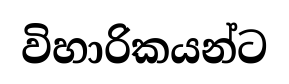
විහාරිකයන්ට